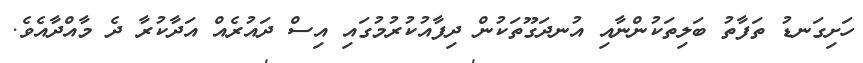
ހަށިގަނޑު ތަފާތު ބަލިތަކުންނާާއި އުނދަގޫތަކުން ދިފާއުކުރުމުގައި އިސް ދައުރެއް އަދާކުރާ ދެ މާއްދާއެވެ.